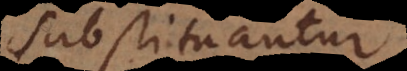
ubstituantur,